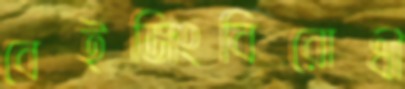
বেইজিংবিরোধী